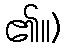
၏။)